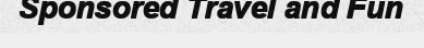
Sponsored Travel and Fun